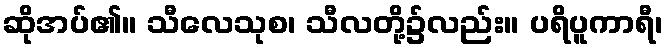
ဆိုအပ်၏။ သီလေသုစ၊ သီလတို့၌လည်း။ ပရိပူကာရီ၊